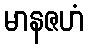
မာနဇဟံ